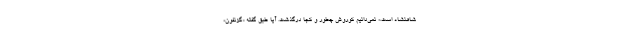
شاهنشاه است.» نمی‌دانیم کوروش چطور و کجا درگذشت. آیا طبق گفته «گزنفون»